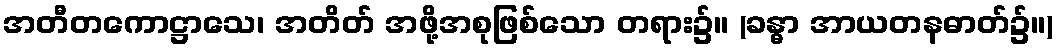
အတီတကောဋ္ဌာသေ၊ အတိတ် အဖို့အစုဖြစ်သော တရား၌။ (ခန္ဓာ အာယတနဓာတ်၌။)